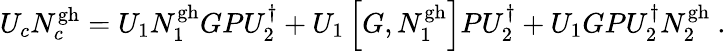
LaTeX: U_{c}N_{c}^{\mathrm{gh}}=U_{1}N_{1}^{\mathrm{gh}}GPU_{2}^{\dagger}+U_{1}\left[G,N_{1}^{\mathrm{gh}}\right]PU_{2}^{\dagger}+U_{1}GPU_{2}^{\dagger}N_{2}^{\mathrm{gh}}\ .